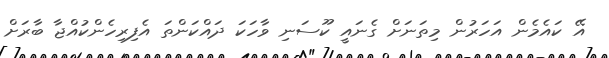
އޭ ކައެމެން އަހަރުން މިތަނަށް ގެނައީ ކޫސަނި ވާހަކަ ދައްކަންތަ އެފިރިހެންކުއްޖާ ބާރަށް